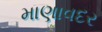
માણાવદર